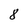
Character: 8